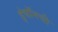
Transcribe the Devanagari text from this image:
इंचॉनची